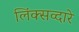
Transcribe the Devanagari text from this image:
लिंक्सव्दारे